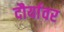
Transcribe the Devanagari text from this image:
दौर्यावर